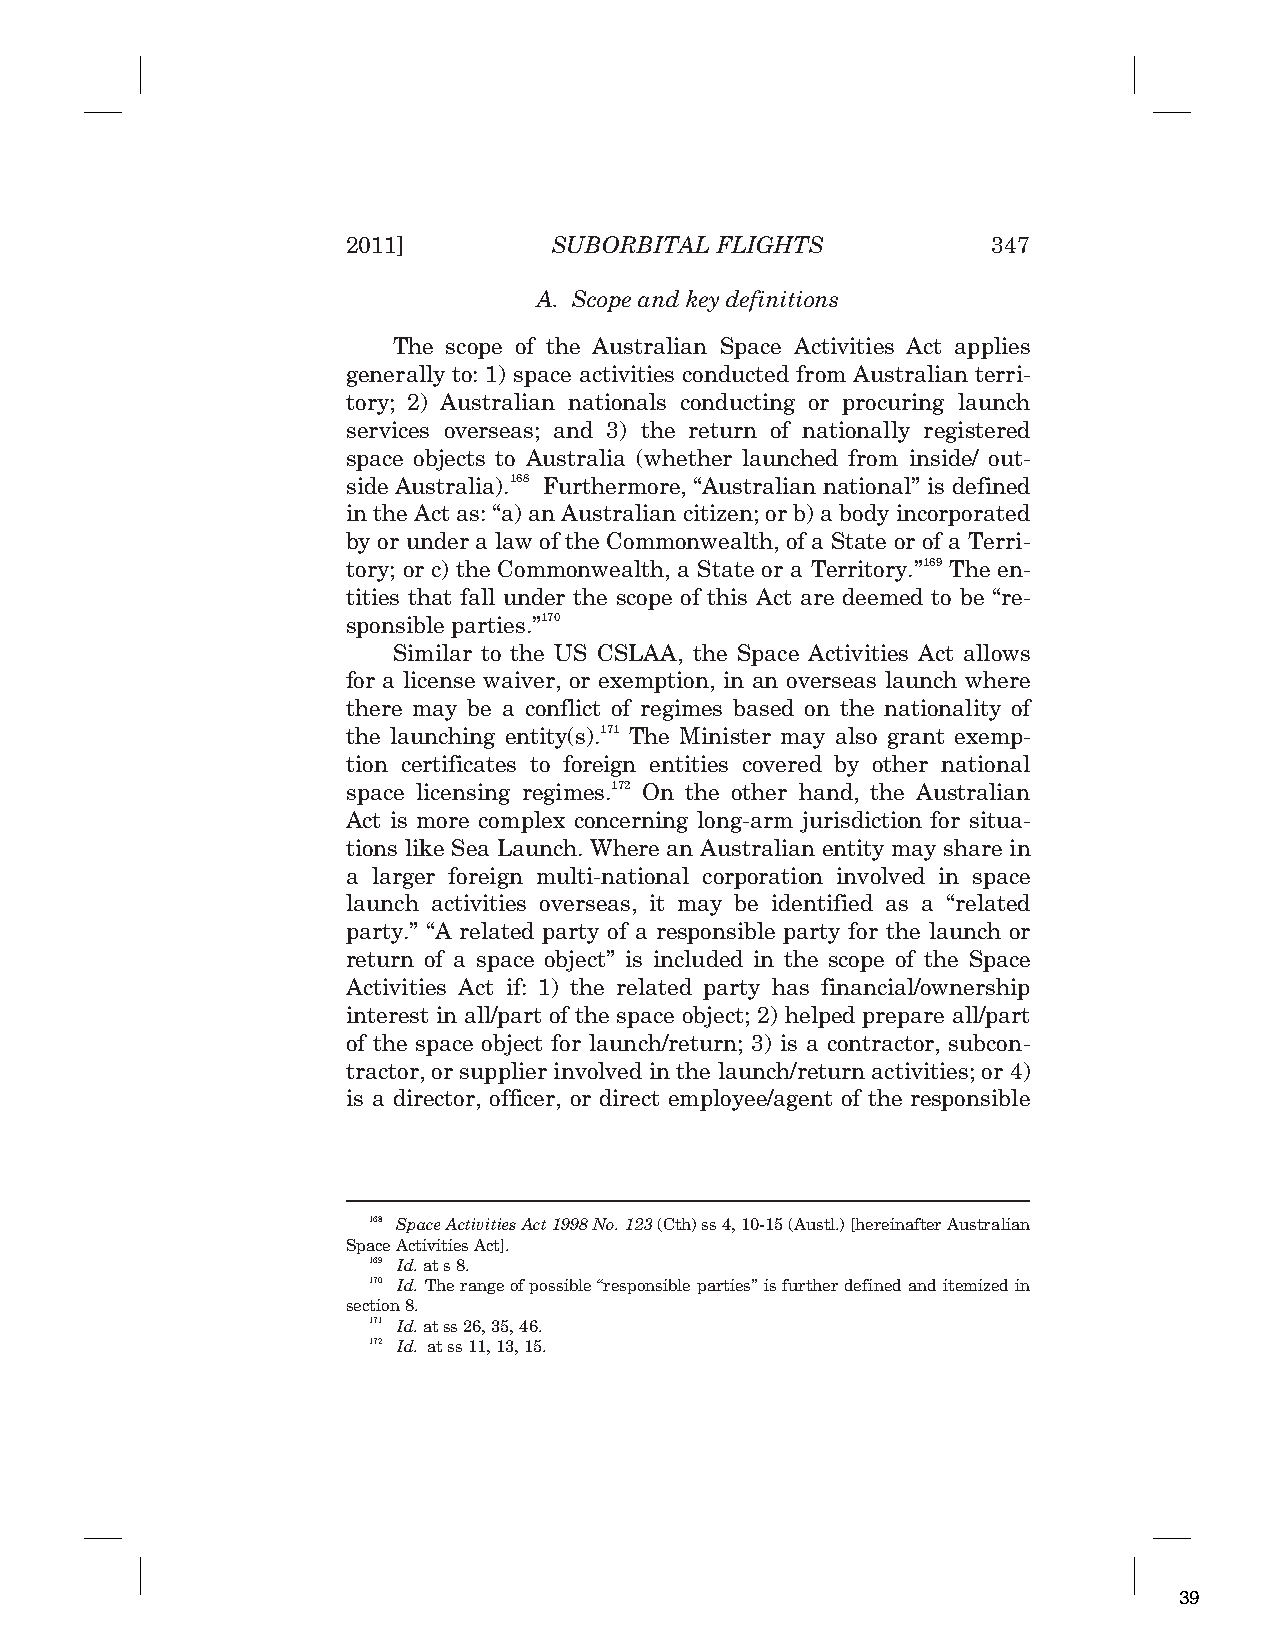
2011]         SUBORBITAL FLIGHTS           347
 A. Scope and key definitions
 The scope of the Australian Space Activities Act applies
 generally to: 1) space activities conducted from Australian terri-
 tory; 2) Australian nationals conducting or procuring launch
 services overseas; and 3) the return of nationally registered
 space objects to Australia (whether launched from inside/ out-
 side Australia).168 Furthermore, “Australian national” is defined
 in the Act as: “a) an Australian citizen; or b) a body incorporated
 by or under a law of the Commonwealth, of a State or of a Terri-
 tory; or c) the Commonwealth, a State or a Territory.”169 The en-
 tities that fall under the scope of this Act are deemed to be “re-
 sponsible parties.”170
 Similar to the US CSLAA, the Space Activities Act allows
 for a license waiver, or exemption, in an overseas launch where
 there may be a conflict of regimes based on the nationality of
 the launching entity(s).171 The Minister may also grant exemp-
 tion certificates to foreign entities covered by other national
 space licensing regimes.172 On the other hand, the Australian
 Act is more complex concerning long-arm jurisdiction for situa-
 tions like Sea Launch. Where an Australian entity may share in
 a larger foreign multi-national corporation involved in space
 launch activities overseas, it may be identified as a “related
 party.” “A related party of a responsible party for the launch or
 return of a space object” is included in the scope of the Space
 Activities Act if: 1) the related party has financial/ownership
 interest in all/part of the space object; 2) helped prepare all/part
 of the space object for launch/return; 3) is a contractor, subcon-
 tractor, or supplier involved in the launch/return activities; or 4)
 is a director, officer, or direct employee/agent of the responsible
 168 Space Activities Act 1998 No. 123 (Cth) ss 4, 10-15 (Austl.) [hereinafter Australian
 Space Activities Act].
 169 Id. at s 8.
 170 Id. The range of possible “responsible parties” is further defined and itemized in
 section 8.
 171 Id. atss 26, 35, 46.
 172 Id. atss 11, 13, 15.
 39